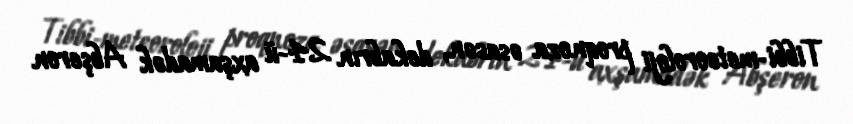
Tibbi-meteoroloji proqnoza əsasən, dekabrın 24-ü axşamadək Abşeron